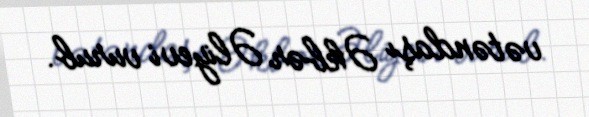
vətəndaşı Əkbər Əliyevi vurub.